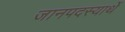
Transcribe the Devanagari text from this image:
जानपदस्यार्थे